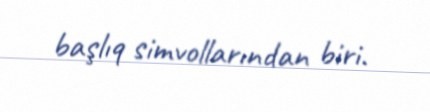
başlıq simvollarından biri.